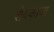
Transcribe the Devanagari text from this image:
शैवकाव्य